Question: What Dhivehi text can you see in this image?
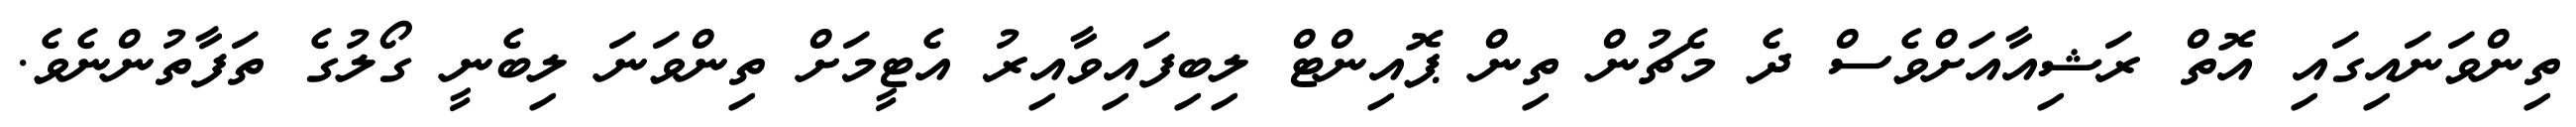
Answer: ތިންވަނައިގައި އޮތް ރަޝިއާއަށްވެސް ދެ މެޗުން ތިން ޕޮއިންޓް ލިބިފައިވާއިރު އެޓީމަށް ތިންވަނަ ލިބެނީ ގޯލުގެ ތަފާތުންނެވެ.